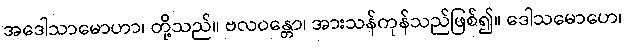
အဒေါသာမောဟာ၊ တို့သည်။ ဗလဝန္တော၊ အားသန်ကုန်သည်ဖြစ်၍။ ဒေါသမောဟေ၊